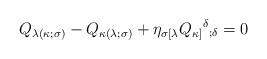
LaTeX: \begin{align*}Q_{\lambda (\kappa ;\sigma)} -Q_{\kappa (\lambda ;\sigma)} +\eta_{\sigma[\lambda} Q_{\kappa ]}{^\delta}_{;\delta} =0\end{align*}